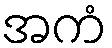
အကံ